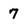
Character: 7